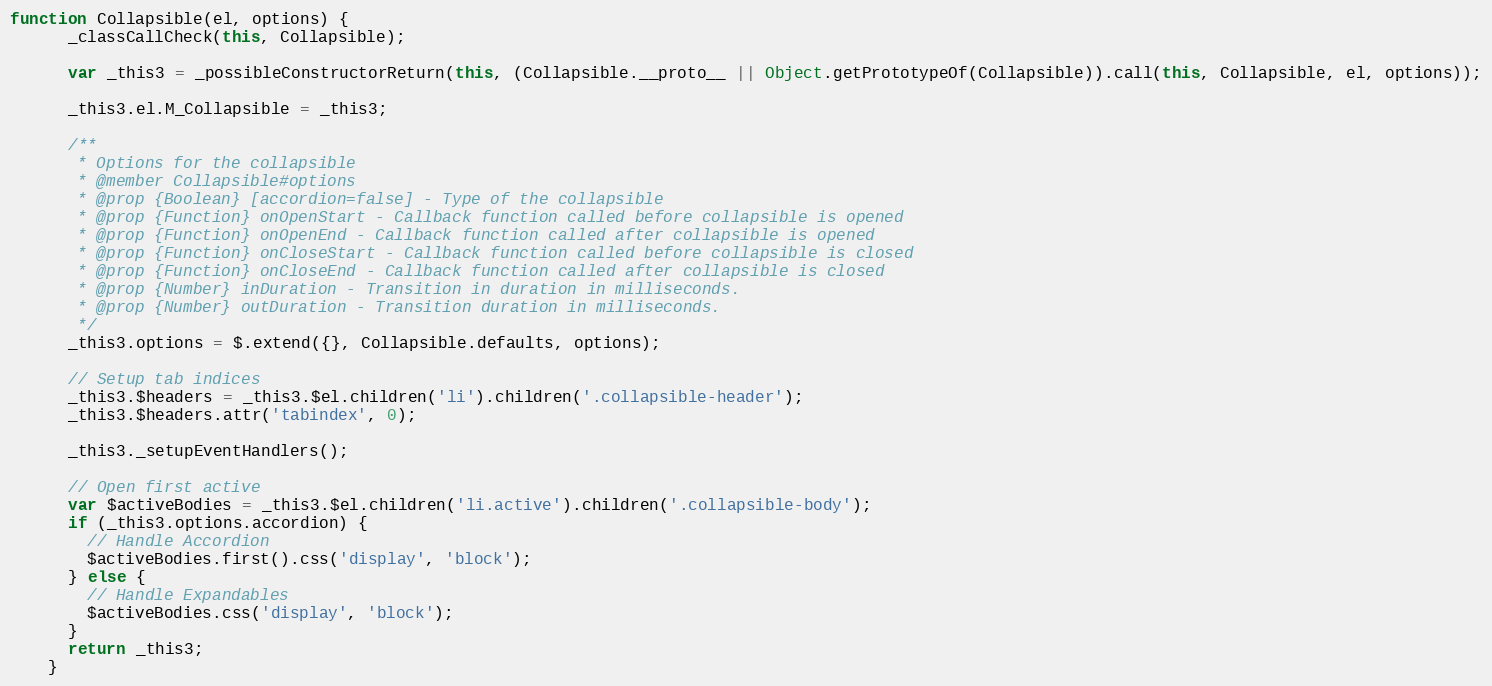
Language: JavaScript
function Collapsible(el, options) {
      _classCallCheck(this, Collapsible);

      var _this3 = _possibleConstructorReturn(this, (Collapsible.__proto__ || Object.getPrototypeOf(Collapsible)).call(this, Collapsible, el, options));

      _this3.el.M_Collapsible = _this3;

      /**
       * Options for the collapsible
       * @member Collapsible#options
       * @prop {Boolean} [accordion=false] - Type of the collapsible
       * @prop {Function} onOpenStart - Callback function called before collapsible is opened
       * @prop {Function} onOpenEnd - Callback function called after collapsible is opened
       * @prop {Function} onCloseStart - Callback function called before collapsible is closed
       * @prop {Function} onCloseEnd - Callback function called after collapsible is closed
       * @prop {Number} inDuration - Transition in duration in milliseconds.
       * @prop {Number} outDuration - Transition duration in milliseconds.
       */
      _this3.options = $.extend({}, Collapsible.defaults, options);

      // Setup tab indices
      _this3.$headers = _this3.$el.children('li').children('.collapsible-header');
      _this3.$headers.attr('tabindex', 0);

      _this3._setupEventHandlers();

      // Open first active
      var $activeBodies = _this3.$el.children('li.active').children('.collapsible-body');
      if (_this3.options.accordion) {
        // Handle Accordion
        $activeBodies.first().css('display', 'block');
      } else {
        // Handle Expandables
        $activeBodies.css('display', 'block');
      }
      return _this3;
    }